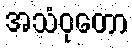
အသံဝုတော